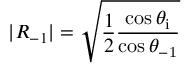
| R _ { - 1 } | = \sqrt { \frac { 1 } { 2 } \frac { \cos { \theta _ { \mathrm { i } } } } { \cos { \theta _ { \mathrm { - 1 } } } } }